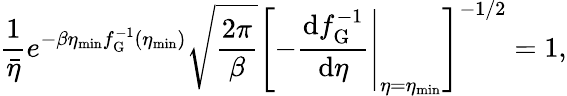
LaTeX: \frac{1}{\bar{\eta}}e^{-\beta\eta_{\mathrm{min}}f_{\mathrm{G}}^{-1}(\eta_{\mathrm{min}})}\sqrt{\frac{2\pi}{\beta}}\left[-\left.\frac{\mathrm{d}f_{\mathrm{G}}^{-1}}{\mathrm{d}\eta}\right|_{\eta=\eta_{\mathrm{min}}}\right]^{-1/2}=1,